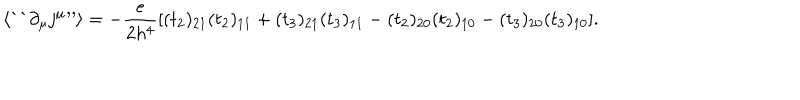
LaTeX: \langle \mathrm { ` ` } \partial _ { \mu } j ^ { \mu } \mathrm { ' ^ { \prime } } \rangle = - { \frac { e } { 2 h ^ { 4 } } } [ ( t _ { 2 } ) _ { 2 1 } ( t _ { 2 } ) _ { 1 1 } + ( t _ { 3 } ) _ { 2 1 } ( t _ { 3 } ) _ { 1 1 } - ( t _ { 2 } ) _ { 2 0 } ( t _ { 2 } ) _ { 1 0 } - ( t _ { 3 } ) _ { 2 0 } ( t _ { 3 } ) _ { 1 0 } ] .